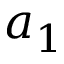
a _ { 1 }